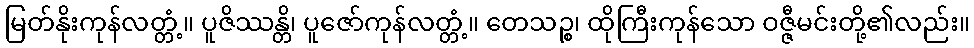
မြတ်နိုးကုန်လတ္တံ့။ ပူဇိဿန္တိ၊ ပူဇော်ကုန်လတ္တံ့။ တေသဉ္စ၊ ထိုကြီးကုန်သော ဝဇ္ဇီမင်းတို့၏လည်း။